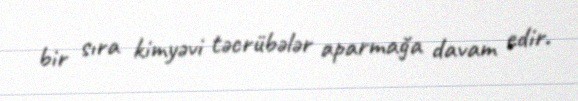
bir sıra kimyəvi təcrübələr aparmağa davam edir.